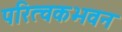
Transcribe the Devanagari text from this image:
परित्वकभवन